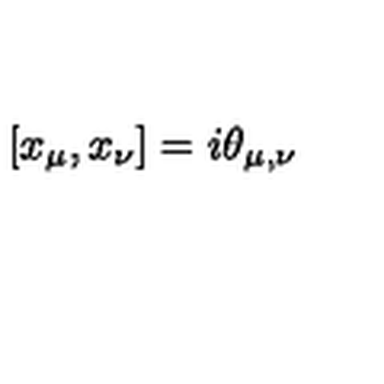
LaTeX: [ x _ { \mu } , x _ { \nu } ] = i \theta _ { \mu , \nu }